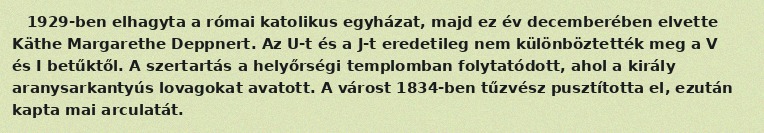
1929-ben elhagyta a római katolikus egyházat, majd ez év decemberében elvette Käthe Margarethe Deppnert. Az U-t és a J-t eredetileg nem különböztették meg a V és I betűktől. A szertartás a helyőrségi templomban folytatódott, ahol a király aranysarkantyús lovagokat avatott. A várost 1834-ben tűzvész pusztította el, ezután kapta mai arculatát.